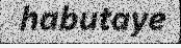
habutaye